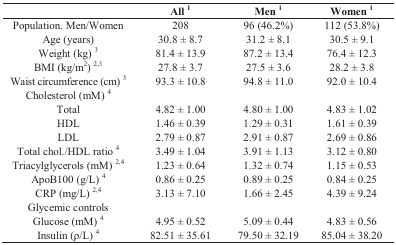
<table><thead><tr><td></td><td><b>All <sup>1</sup></b></td><td><b>Men <sup>1</sup></b></td><td><b>Women <sup>1</sup></b></td></tr></thead><tbody><tr><td>Population. Men/Women</td><td>208</td><td>96 (46.2%)</td><td>112 (53.8%)</td></tr><tr><td>Age (years)</td><td>30.8 ± 8.7</td><td>31.2 ± 8.1</td><td>30.5 ± 9.1</td></tr><tr><td>Weight (kg) <sup>3</sup></td><td>81.4 ± 13.9</td><td>87.2 ± 13.4</td><td>76.4 ± 12.3</td></tr><tr><td>BMI (kg/m<sup>2</sup>) <sup>2,3</sup></td><td>27.8 ± 3.7</td><td>27.5 ± 3.6</td><td>28.2 ± 3.8</td></tr><tr><td>Waist circumference (cm) <sup>3</sup></td><td>93.3 ± 10.8</td><td>94.8 ± 11.0</td><td>92.0 ± 10.4</td></tr><tr><td>Cholesterol (mM) <sup>4</sup></td><td></td><td></td><td></td></tr><tr><td>Total</td><td>4.82 ± 1.00</td><td>4.80 ± 1.00</td><td>4.83 ± 1.02</td></tr><tr><td>HDL</td><td>1.46 ± 0.39</td><td>1.29 ± 0.31</td><td>1.61 ± 0.39</td></tr><tr><td>LDL</td><td>2.79 ± 0.87</td><td>2.91 ± 0.87</td><td>2.69 ± 0.86</td></tr><tr><td>Total chol./HDL ratio <sup>4</sup></td><td>3.49 ± 1.04</td><td>3.91 ± 1.13</td><td>3.12 ± 0.80</td></tr><tr><td>Triacylglycerols (mM) <sup>2,4</sup></td><td>1.23 ± 0.64</td><td>1.32 ± 0.74</td><td>1.15 ± 0.53</td></tr><tr><td>ApoB100 (g/L) <sup>4</sup></td><td>0.86 ± 0.25</td><td>0.89 ± 0.25</td><td>0.84 ± 0.25</td></tr><tr><td>CRP (mg/L) <sup>2,4</sup></td><td>3.13 ± 7.10</td><td>1.66 ± 2.45</td><td>4.39 ± 9.24</td></tr><tr><td>Glycemic controls</td><td></td><td></td><td></td></tr><tr><td>Glucose (mM) <sup>4</sup></td><td>4.95 ± 0.52</td><td>5.09 ± 0.44</td><td>4.83 ± 0.56</td></tr><tr><td>Insulin (ρ/L) <sup>4</sup></td><td>82.51 ± 35.61</td><td>79.50 ± 32.19</td><td>85.04 ± 38.20</td></tr></tbody></table>